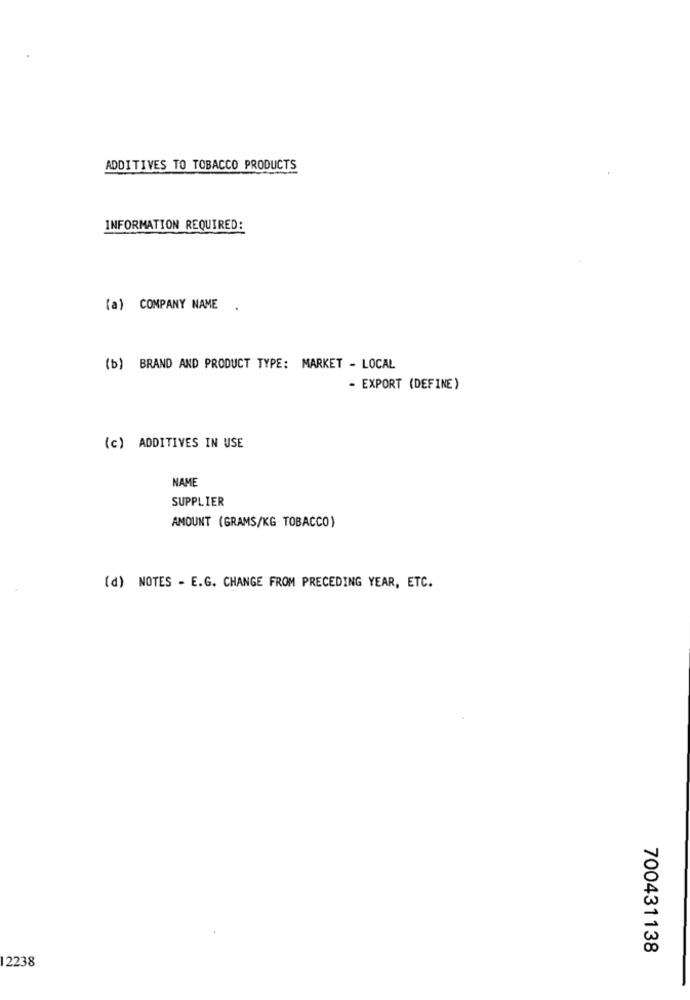
ADDITIVES TO TOBACCO PRODUCTS
INFORMATION REQUIRED:
(a) COMPANY NAME .
(b) BRAND AND PRODUCT TYPE: MARKET - LOCAL
- EXPORT (DEFINE)
(c) ADDITIVES IN USE
NAME
SUPPLIER
AMOUNT (GRAMS/KG TOBACCO)
(d) NOTES - E.G. CHANGE FROM PRECEDING YEAR, ETC.
700431138
2238